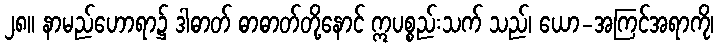
၂၈။ နာမည်ဟောရာ၌ ဒါဓာတ် ဓာဓာတ်တို့နောင် ဣပစ္စည်းသက် သည်၊ ယော-အကြင်အရာကို၊